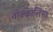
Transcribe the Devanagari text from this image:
वोक्कालिगा